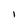
Character: I